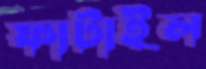
ফাটাইল